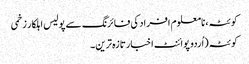
کوئٹہ، نامعلوم افراد کی فائرنگ سے پولیس اہلکار زخمی
کوئٹہ (اُردو پوائنٹ اخبارتازہ ترین۔